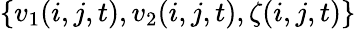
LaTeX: \{ v_{1}(i,j,t),v_{2}(i,j,t),\zeta(i,j,t)\}